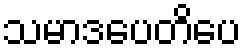
သမာဒပေတိပေ